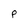
Character: p